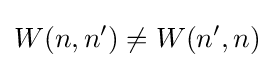
W(n,n')\neq W(n',n)